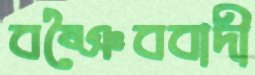
বষ্ঞৈববাদী